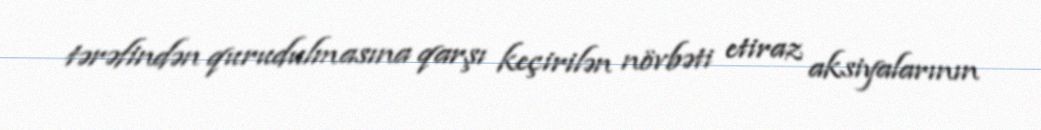
tərəfindən qurudulmasına qarşı keçirilən növbəti etiraz aksiyalarının